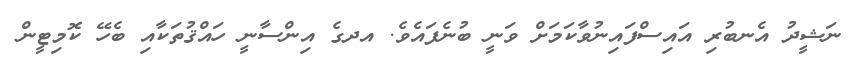
ނަޝީދު އެނބުރި އައިސްފައިނުވާކަމަށް ވަނީ ބުނެފައެވެ. އދގެ އިންސާނީ ހައްޤުތަކާއި ބެހޭ ކޮމިޓީން